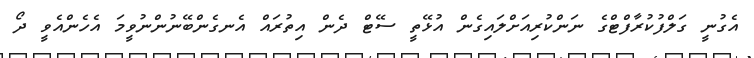
އެގުނީ ގަލްފުކުރާފްޓްގެ ނަންކުރިއަށްލައިގެން އުޅޭތީ ސޭޓް ދެން އިތުރައް އެނގެންބޭނުންނުވީމަ އެހެންއެވީ ދޯ